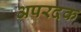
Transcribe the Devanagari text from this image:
अपरदक